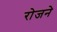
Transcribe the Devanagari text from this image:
रोजने